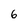
Character: 6